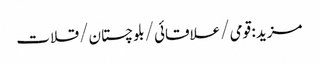
مزید : قومی /علاقائی /بلوچستان /قلات